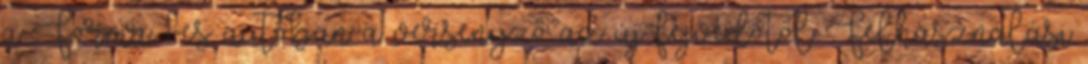
a Forma–1-es autóban a versenyző az új fejvédőtől Felhasználási